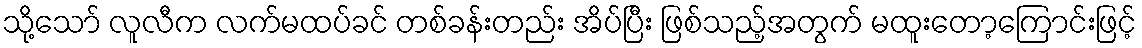
သို့သော် လူလီက လက်မထပ်ခင် တစ်ခန်းတည်း အိပ်ပြီး ဖြစ်သည့်အတွက် မထူးတော့ကြောင်းဖြင့်